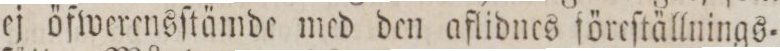
ej öfwerensſtämde med den aflidnes föreſtällnings.